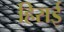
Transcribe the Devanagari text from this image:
हिराई